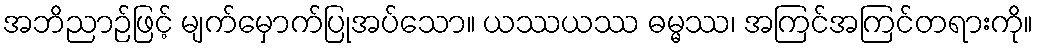
အဘိညာဉ်ဖြင့် မျက်မှောက်ပြုအပ်သော။ ယဿယဿ ဓမ္မဿ၊ အကြင်အကြင်တရားကို။